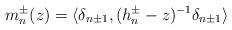
LaTeX: \begin{align*}m_n ^\pm (z) = \langle \delta_{n \pm 1} , (h_n ^\pm - z )^{-1} \delta_{n \pm 1} \rangle\end{align*}